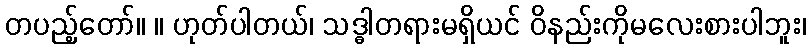
တပည့်တော်။ ။ ဟုတ်ပါတယ်၊ သဒ္ဓါတရားမရှိယင် ဝိနည်းကိုမလေးစားပါဘူး၊